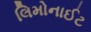
લિમોનાઈટ